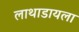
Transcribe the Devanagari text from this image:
लाथाडायला